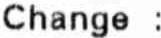
CHANGE :